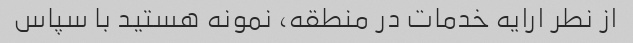
از نطر ارایه خدمات در منطقه، نمونه هستید با سپاس